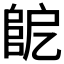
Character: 𨸷